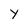
Character: y